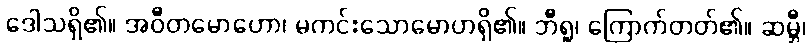
ဒေါသရှိ၏။ အဝီတမောဟော၊ မကင်းသောမောဟရှိ၏။ ဘီရူ၊ ကြောက်တတ်၏။ ဆမ္ဘီ၊